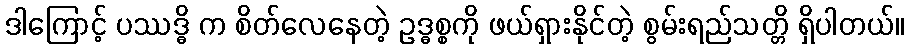
ဒါကြောင့် ပဿဒ္ဓိ က စိတ်လေနေတဲ့ ဥဒ္ဓစ္စကို ဖယ်ရှားနိုင်တဲ့ စွမ်းရည်သတ္တိ ရှိပါတယ်။